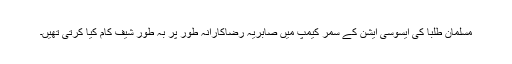
مسلمان طلبا کی ایسوسی ایشن کے سمر کیمپ میں صابریہ رضاکارانہ طور پر بہ طور شیف کام کیا کرتی تھیں۔